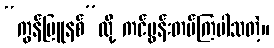
“ကွန်မြူနစ်”လို့ ကင်ပွန်းတပ်ကြပါသတဲ့။